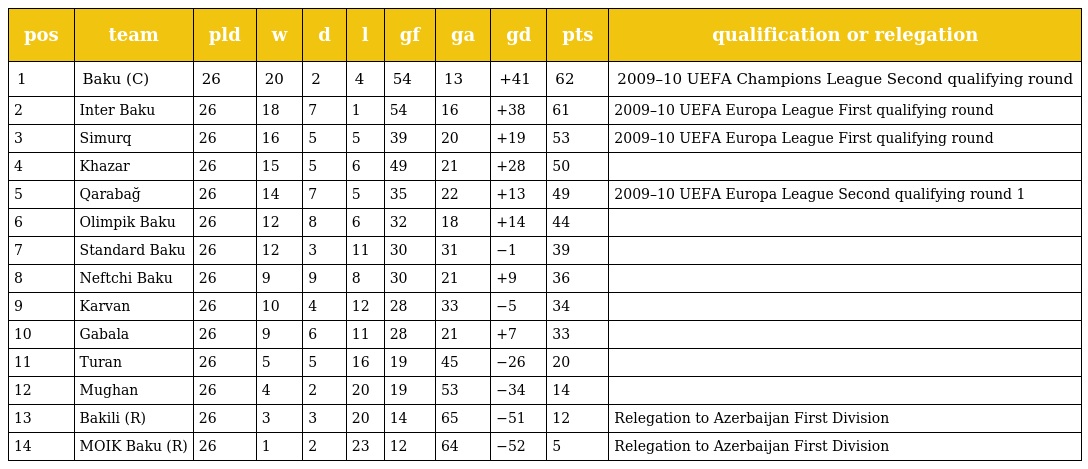
| pos | team | pld | w | d | l | gf | ga | gd | pts | qualification or relegation |
 | --- | --- | --- | --- | --- | --- | --- | --- | --- | --- | --- |
 | 1 | Baku (C) | 26 | 20 | 2 | 4 | 54 | 13 | +41 | 62 | 2009–10 UEFA Champions League Second qualifying round |
 | 2 | Inter Baku | 26 | 18 | 7 | 1 | 54 | 16 | +38 | 61 | 2009–10 UEFA Europa League First qualifying round |
 | 3 | Simurq | 26 | 16 | 5 | 5 | 39 | 20 | +19 | 53 | 2009–10 UEFA Europa League First qualifying round |
 | 4 | Khazar | 26 | 15 | 5 | 6 | 49 | 21 | +28 | 50 |  |
 | 5 | Qarabağ | 26 | 14 | 7 | 5 | 35 | 22 | +13 | 49 | 2009–10 UEFA Europa League Second qualifying round 1 |
 | 6 | Olimpik Baku | 26 | 12 | 8 | 6 | 32 | 18 | +14 | 44 |  |
 | 7 | Standard Baku | 26 | 12 | 3 | 11 | 30 | 31 | −1 | 39 |  |
 | 8 | Neftchi Baku | 26 | 9 | 9 | 8 | 30 | 21 | +9 | 36 |  |
 | 9 | Karvan | 26 | 10 | 4 | 12 | 28 | 33 | −5 | 34 |  |
 | 10 | Gabala | 26 | 9 | 6 | 11 | 28 | 21 | +7 | 33 |  |
 | 11 | Turan | 26 | 5 | 5 | 16 | 19 | 45 | −26 | 20 |  |
 | 12 | Mughan | 26 | 4 | 2 | 20 | 19 | 53 | −34 | 14 |  |
 | 13 | Bakili (R) | 26 | 3 | 3 | 20 | 14 | 65 | −51 | 12 | Relegation to Azerbaijan First Division |
 | 14 | MOIK Baku (R) | 26 | 1 | 2 | 23 | 12 | 64 | −52 | 5 | Relegation to Azerbaijan First Division |